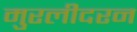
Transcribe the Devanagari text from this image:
मुरलीदरन